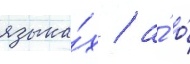
языка́х / а́ о́